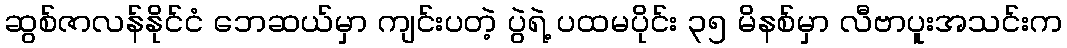
ဆွစ်ဇာလန်နိုင်ငံ ဘေဆယ်မှာ ကျင်းပတဲ့ ပွဲရဲ့ ပထမပိုင်း ၃၅ မိနစ်မှာ လီဗာပူးအသင်းက